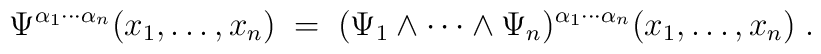
\Psi^{\alpha_1 \cdots \alpha_n} (x_1,\ldots,x_n) \;=\;(\Psi_1 \wedge \cdots \wedge \Psi_n)^{\alpha_1 \cdots \alpha_n}(x_1,\ldots,x_n) \;.